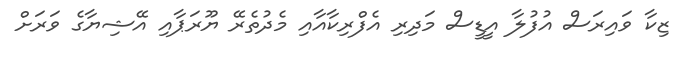
ޒިކާ ވައިރަސް އުފުލާ އީޑީސް މަދިރި އެފްރިކާއާއި މެދުތެރޭ ޔޫރަޕާއި އޭޝިޔާގެ ވަރަށް